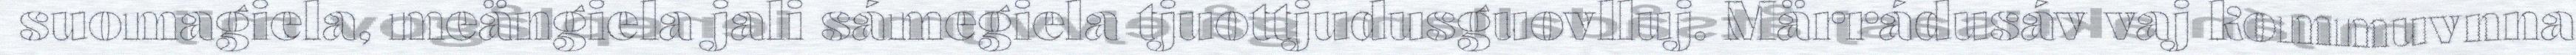
suomagiela, meängiela jali sámegiela tjuottjudusguovlluj. Märrádusáv vaj kommuvnna